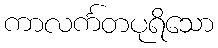
ကာလင်္ကတပုရိသော